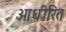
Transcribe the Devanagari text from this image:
आधीरित